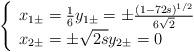
LaTeX: \begin{align*}\left\{ \begin{array}{l}x_{1\pm }=\frac{1}{6}y_{1\pm }=\pm \frac{(1-72s)^{1/2}}{6\sqrt{2}}\\ x_{2\pm }=\pm \sqrt{2s}y_{2\pm }=0\end{array}\right. \end{align*}